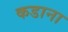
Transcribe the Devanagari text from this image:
कडाना